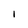
Character: 1